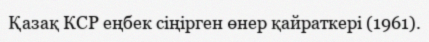
Қазақ КСР еңбек сіңірген өнер қайраткері (1961).